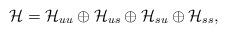
LaTeX: \begin{align*}\mathcal{H}=\mathcal{H}_{uu} \oplus \mathcal{H}_{us} \oplus \mathcal{H}_{su} \oplus \mathcal{H}_{ss},\end{align*}